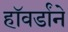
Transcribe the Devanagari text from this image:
हॉवर्डांने